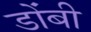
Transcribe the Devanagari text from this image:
डोंबी